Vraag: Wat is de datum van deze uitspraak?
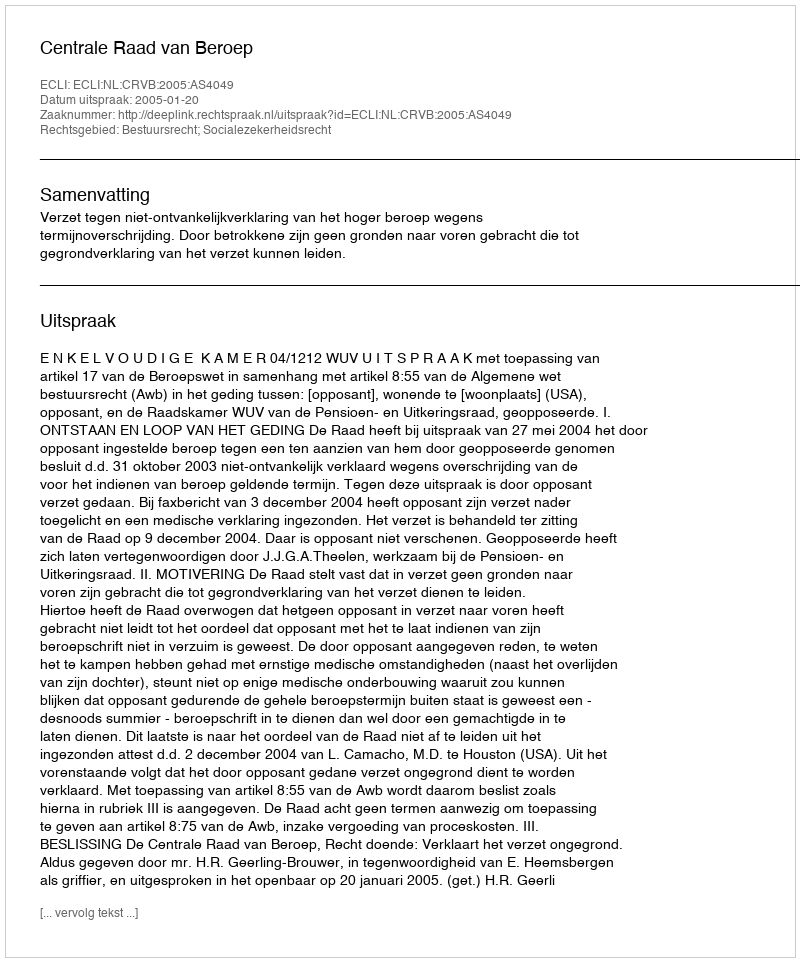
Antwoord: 2005-01-20